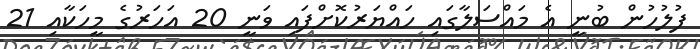
ފުލުހުން ބުނީ އެ މައްސަލާގައި ހައްޔަރުކޮށްފައި ވަނީ 20 އަހަރުގެ މީހަކާއި 21